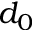
d _ { 0 }